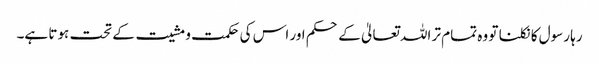
رہا رسول کا نکلنا تو وہ تمام تر اللہ تعالیٰ کے حکم اور اس کی حکمت و مشیت کے تحت ہوتا ہے۔